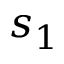
s _ { 1 }